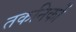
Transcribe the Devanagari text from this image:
तकनिकों